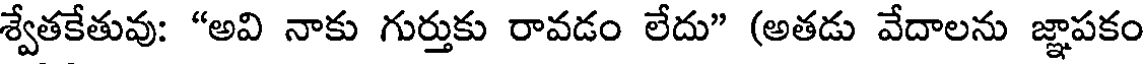
శ్వేతకేతువు: "అవి నాకు గుర్తుకు రావడం లేదు" (అతడు వేదాలను జ్ఞాపకం